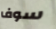
سوف